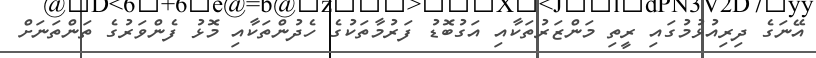
އޭނަގެ ދިރިއުޅުމުގައި ރީތި މަންޒަރުތަކާއި އަގުބޮޑު ފަރުމާތަކުގެ ހެދުންތަކާއި މޮޅު ފެންވަރުގެ ތަންތަނަށް